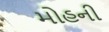
મોહની